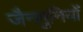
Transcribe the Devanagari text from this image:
जैनमुनियों